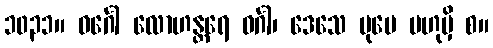
၁၀၃၁။ ဝင်္ဂေါ လောဟန္တရေ ဝင်္ဂါ၊ ဒေသေ ပုမေ ဗဟုမှိ စ။